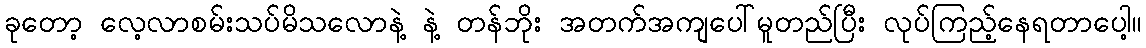
ခုတော့ လေ့လာစမ်းသပ်မိသလောနဲ့ နဲ့ တန်ဘိုး အတက်အကျပေါ်မူတည်ပြီး လုပ်ကြည့်နေရတာပေါ့။